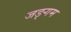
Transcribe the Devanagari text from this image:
जङ्गम